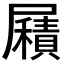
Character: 𡳮